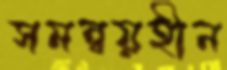
সমন্বয়হীন